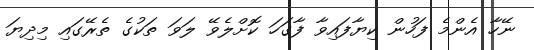
ނޭހާ އެންމެ ފަހުން ކިޔާފައިވާ ފާގަހަ ކޮށްލެވޭ ލަވަ ތަކުގެ ތެރޭގައި މިދިޔަ